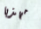
مهذبا